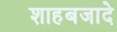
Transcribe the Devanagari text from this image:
शाहबजादे